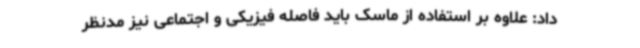
داد: علاوه بر استفاده از ماسک باید فاصله فیزیکی و اجتماعی نیز مدنظر